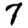
Digit: 7